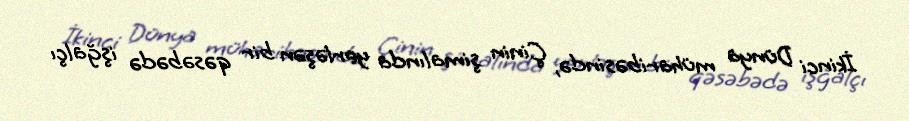
İkinci Dünya müharibəsində, Çinin şimalında yerləşən bir qəsəbədə işğalçı